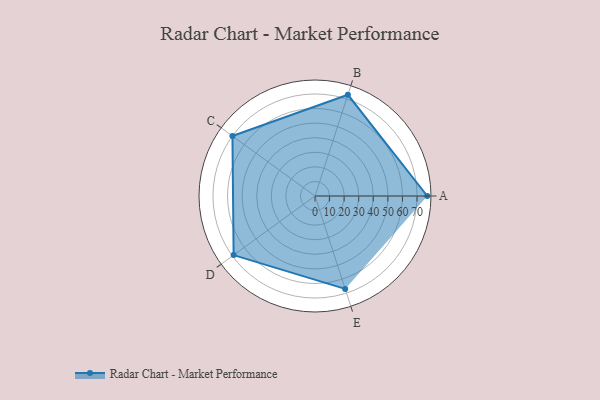
{"axis": {"x": "Skill", "y": "Score"}, "legend": ["Profile"], "data": [{"x": "A", "y": 77.0, "type": "Profile"}, {"x": "B", "y": 73.0, "type": "Profile"}, {"x": "C", "y": 70.0, "type": "Profile"}, {"x": "D", "y": 69.0, "type": "Profile"}, {"x": "E", "y": 67.0, "type": "Profile"}]}